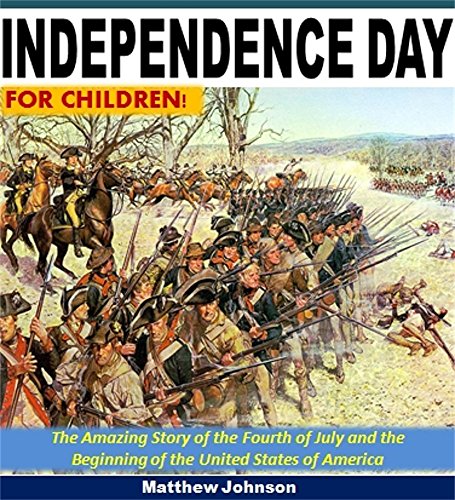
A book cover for Independence Day For Children!: The Amazing Story of the Fourth of July and the Beginning of the United States of America; Matthew Wright; Children's Books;